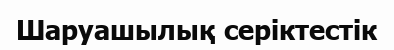
Шаруашылық серіктестік